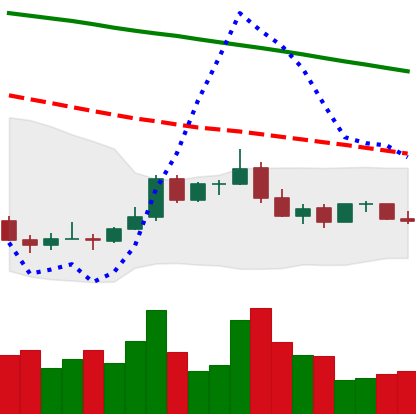
Ticker: ADA-USD
Chart end date: 2022-01-04
Forward return: -10.506%
Label: down_7plus